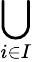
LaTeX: \bigcup_{i\in I}